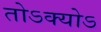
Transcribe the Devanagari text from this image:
तोऽक्योऽ